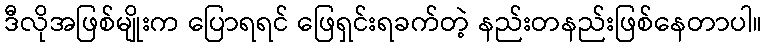
ဒီလိုအဖြစ်မျိုးက ပြောရရင် ဖြေရှင်းရခက်တဲ့ နည်းတနည်းဖြစ်နေတာပါ။